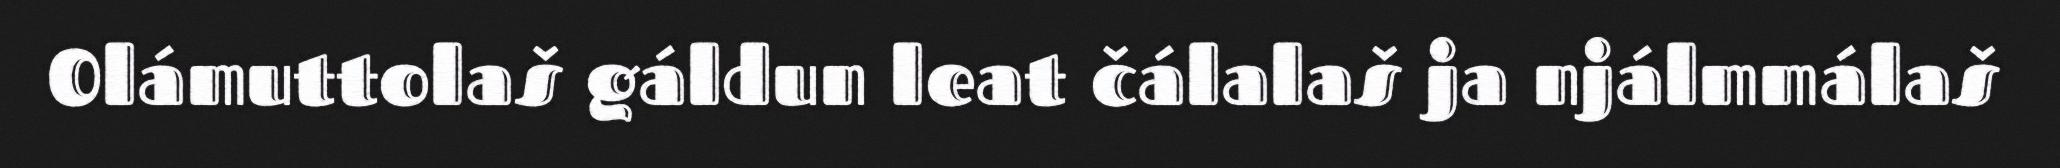
Olámuttolaš gáldun leat čálalaš ja njálmmálaš